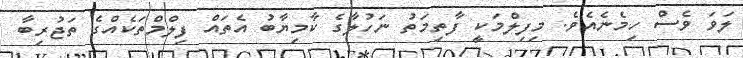
ލަވަ ވެސް ހިމެނެއެވެ. މިފިލްމަކީ ފާތިމަތު ނަހުލާގެ ކާމިޔާބު އެތައް ފިލްމްތަކެއްގެ ތަޖުރިބާ